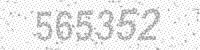
Solution: 565352